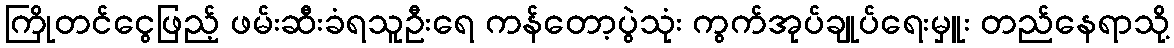
ကြိုတင်ငွေဖြည့် ဖမ်းဆီးခံရသူဦးရေ ကန်တော့ပွဲသုံး ကွက်အုပ်ချုပ်ရေးမှူး တည်နေရာသို့